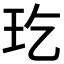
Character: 𤣮